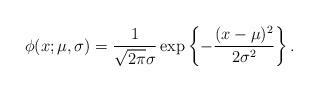
LaTeX: \begin{align*}\phi (x; \mu, \sigma) = \frac{1}{\sqrt{2\pi} \sigma}\exp \left \{ - \frac{ (x - \mu)^2}{2 \sigma^2} \right \}.\end{align*}